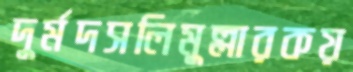
দুর্মদসলিমুল্লারকয়